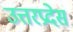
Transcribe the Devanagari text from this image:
उत्तरप्रदेस